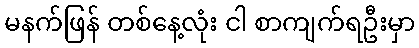
မနက်ဖြန် တစ်နေ့လုံး ငါ စာကျက်ရဦးမှာ